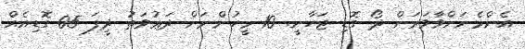
އެންމެނަށްވާވަރަށް ދޯ ގޮޑި ޖަހާނީ. 10 މީހުންނަށް ދަޢުވަތު ދީފަ 05 ގޮޑިއެއް